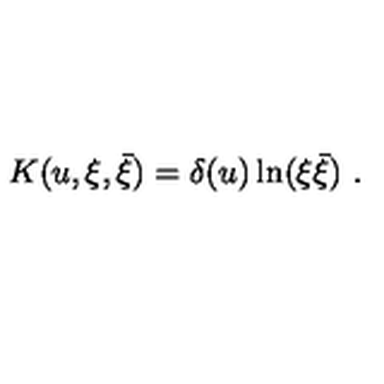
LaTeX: K ( u , \xi , \bar { \xi } ) = \delta ( u ) \ln ( \xi \bar { \xi } ) \ .